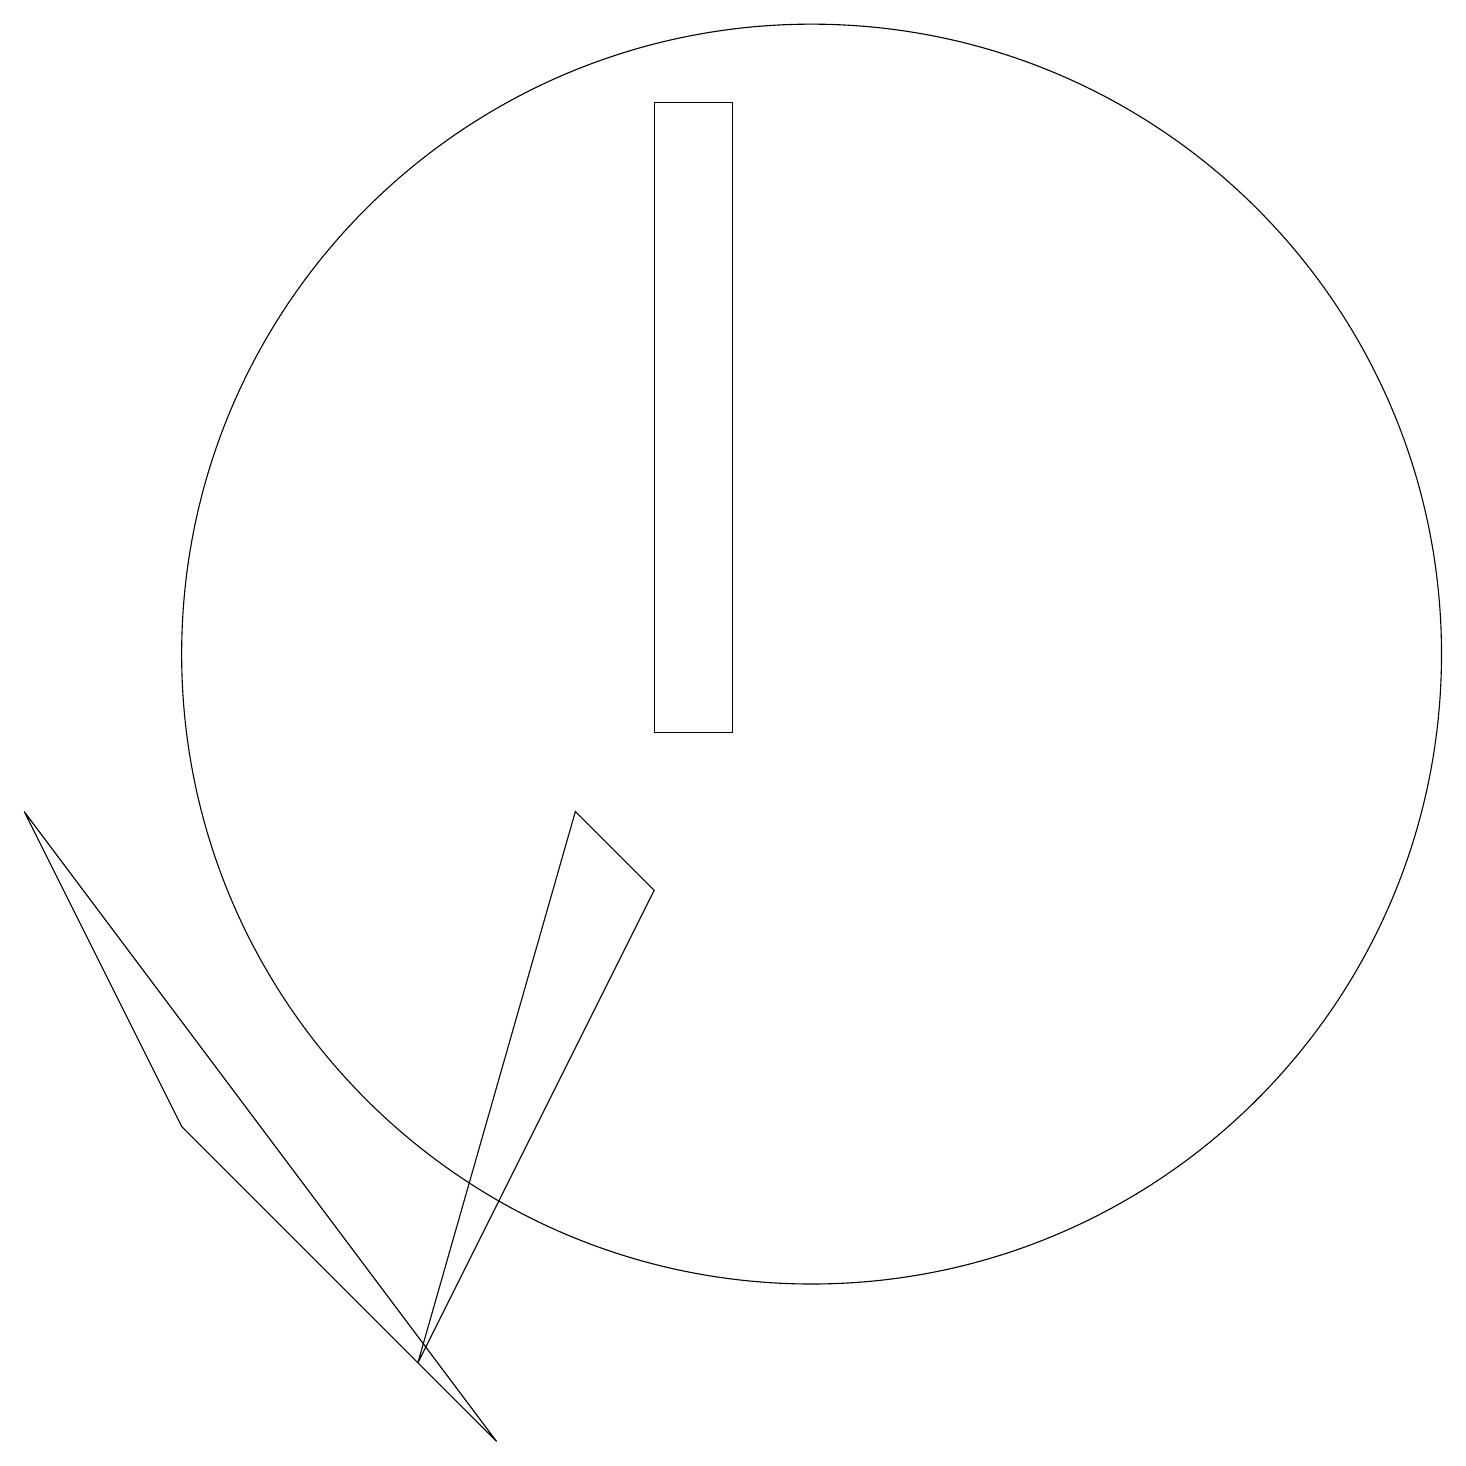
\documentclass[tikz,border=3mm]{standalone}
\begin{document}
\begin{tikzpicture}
\draw (9,18) rectangle (8,10);
\draw (8,8) -- (7,9) -- (5,2) -- cycle;
\draw (0,9) -- (6,1) -- (2,5) -- cycle;
\draw (10,11) circle (8);
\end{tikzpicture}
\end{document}